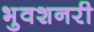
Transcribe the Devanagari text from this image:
भुवशनरी